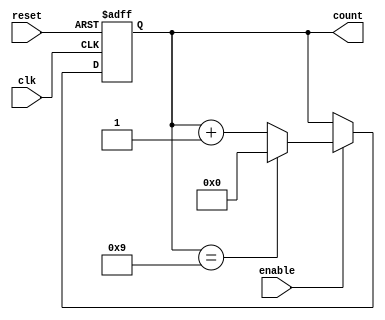
module decade_counter (
    input wire clk,       // Clock input
    input wire reset,     // Asynchronous reset
    input wire enable,    // Enable signal
    output reg [3:0] count // 4-bit output for the count
);

// Always block that triggers on the rising edge of the clock or when reset is high
always @(posedge clk or posedge reset) begin
    if (reset) begin
        count <= 4'b0000; // Reset the count to 0
    end else if (enable) begin
        if (count == 4'b1001) begin
            count <= 4'b0000; // Reset to 0 after reaching 9
        end else begin
            count <= count + 1; // Increment the count
        end
    end
end

endmodule